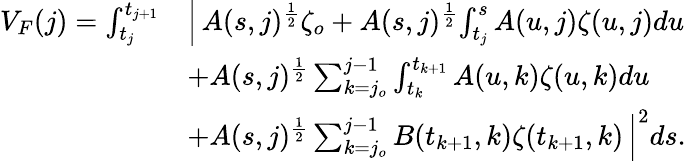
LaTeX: \begin{array}{rl}{V_{F}(j)=\int_{t_{j}}^{t_{j+1}}}&{\Big|\, A(s,j)^{\frac{1}{2}}\zeta_{o}+A(s,j)^{\frac{1}{2}}\! \int_{t_{j}}^{s}A(u,j)\zeta(u,j)du}\\ &{+A(s,j)^{\frac{1}{2}}\sum_{k=j_{o}}^{j-1}\int_{t_{k}}^{t_{k+1}}A(u,k)\zeta(u,k)du}\\ &{+A(s,j)^{\frac{1}{2}}\sum_{k=j_{o}}^{j-1}B(t_{k+1},k)\zeta(t_{k+1},k)\, \Big|^{2}ds.}\end{array}